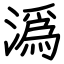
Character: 潙